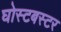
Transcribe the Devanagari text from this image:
घोस्टबस्टर